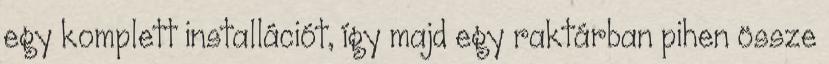
egy komplett installációt, így majd egy raktárban pihen össze